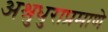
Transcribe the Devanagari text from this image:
अश्रुधुराप्रमाणे